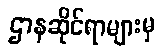
ဌာနဆိုင်ရာများမှ